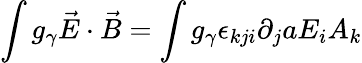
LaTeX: \int g_{\gamma}\vec{E}\cdot\vec{B}=\int g_{\gamma}\epsilon_{kji}\partial_{j}aE_{i}A_{k}